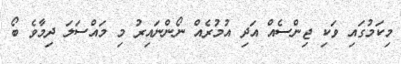
މިކަމުގައި ވަކި ޖިންސެއް އަދި އުމުރެއް ނޯންނައިރު މި މައްސަލަ ދިމާވެ ބޯ